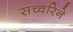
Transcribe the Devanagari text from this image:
सच्चरिने